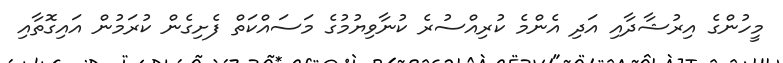
މީހުންގެ އިރުޝާދާއި އަދި އެންމެ ކުރިއްސުރެ ކުނާވިޔުމުގެ މަސައްކަތް ފެށިގެން ކުރަމުން އައިގޮތާއި